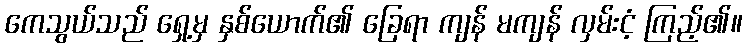
ကေသွယ်သည် ရှေ့မှ နှစ်ယောက်၏ ခြေရာ ကျန် မကျန် လှမ်းငံ့ ကြည့်၏။